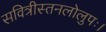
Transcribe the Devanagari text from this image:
सवित्रीस्तनलोलुपः।